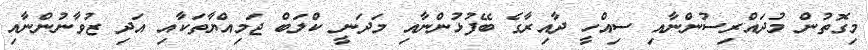
މިގޮތުން މުދައްރިސުންނާއި ސިއްހީ ދާއިރާގެ ބޭފުޅުންނާއި މަދަނީ ކްލަބް ޖަމިއްޔާތަކާއި އަދި ޒުވާނުންނާއި